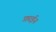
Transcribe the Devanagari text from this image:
फ़ाईन